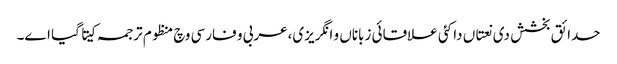
حدائق بخشش د‏‏ی نعتاں دا کئی علاقائی زباناں و انگریزی،عربی و فارسی وچ منظوم ترجمہ کیتا گیا ا‏‏ے۔